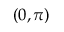
( 0 , \pi )